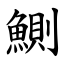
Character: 鰂